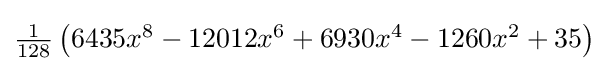
{\textstyle {\tfrac {1}{128}}\left(6435x^{8}-12012x^{6}+6930x^{4}-1260x^{2}+35\right)}